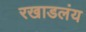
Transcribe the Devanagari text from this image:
रखाडलंय